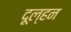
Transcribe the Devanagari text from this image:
दूल्हन